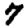
Digit: 7